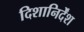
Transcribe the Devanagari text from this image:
दिशानिर्देंश